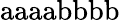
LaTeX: \mathrm{aaaabbbb}